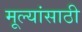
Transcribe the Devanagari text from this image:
मूल्यांसाठी